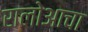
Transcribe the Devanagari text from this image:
रालोआचा